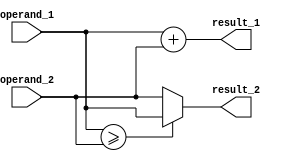
module arithmetic_unit (result_1, result_2, operand_1, operand_2,);
  output 		[4: 0] result_1;
  output		[3: 0] result_2;
  input 		[3: 0] operand_1, operand_2;
  

  assign result_1 = sum_of_operands (operand_1, operand_2);
  assign result_2 = largest_operand (operand_1, operand_2);

  function [4: 0] sum_of_operands;
    input [3: 0] operand_1, operand_2;

    sum_of_operands = operand_1 + operand_2;
  endfunction

  function [3: 0] largest_operand;
    input [3: 0] operand_1, operand_2;

    largest_operand = (operand_1 >= operand_2) ? operand_1 : operand_2;
  endfunction
endmodule